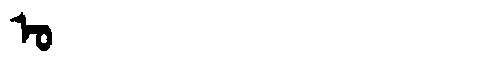
Manchu: ᠣ
Romanization: O